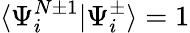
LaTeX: \langle\Psi_{i}^{N\pm 1}|\Psi_{i}^{\pm}\rangle=1